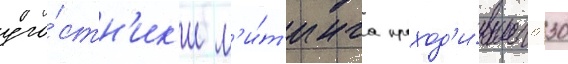
уча́стн'ик'и м'и́т'инга проход'и́вшего 30